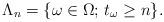
LaTeX: \begin{align*}\Lambda_n=\{\omega\in\Omega;\, t_\omega\ge n\}.\end{align*}